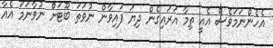
އެހެންނަމަވެސް އެއީ ތިމާ އަރައިގެން ދިޔަ ފައިވާން ނުވަތަ ބޫޓަށް ނުވާނަމަ އެއާ